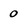
Character: 0